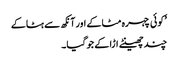
’کوئی چہرہ مٹاکے اور آنکھ سے ہٹاکے
چند چھینٹے اڑا کے جو گیا۔